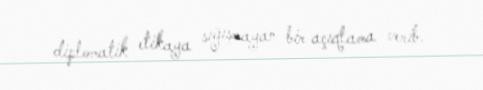
diplomatik etikaya sığışmayan bir açıqlama verib.